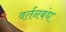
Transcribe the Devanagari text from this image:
वर्तनबंध